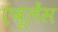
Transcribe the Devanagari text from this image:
एंबूलेंस